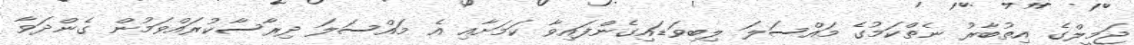
ޖަމީލްގެ އިތުބާރު ނެތްކަމުގެ މައްސަލަ ލިބިވަޑައިގެންފައިވާ ކަމަށާއި އެ މައްސަލަ ދިރާސާކުރައްވަމުން ގެންދަވާ